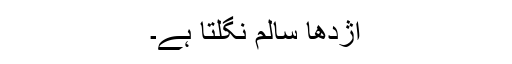
اژدھا سالم نگلتا ہے۔